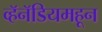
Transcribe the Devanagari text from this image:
व्हॅनॅडियमहून